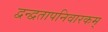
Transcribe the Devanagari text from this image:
द्वन्द्वतापनिवारकम्